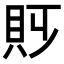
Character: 𧴷